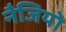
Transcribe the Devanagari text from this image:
नैजियो